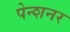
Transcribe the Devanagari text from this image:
पेन्शनर